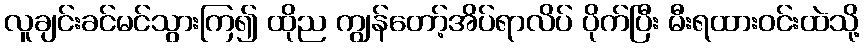
လူချင်းခင်မင်သွားကြ၍ ထိုည ကျွန်တော့်အိပ်ရာလိပ် ပိုက်ပြီး မီးရထားဝင်းထဲသို့